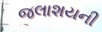
જલાશયની